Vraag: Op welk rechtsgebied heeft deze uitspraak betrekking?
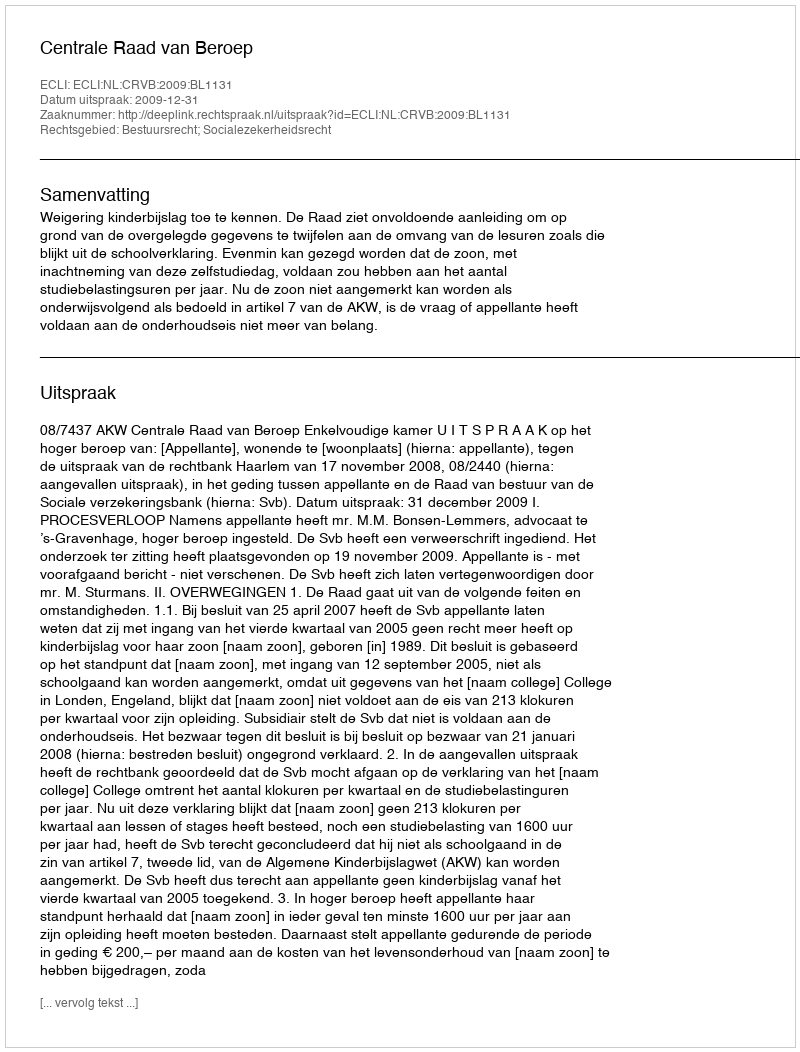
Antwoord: Bestuursrecht; Socialezekerheidsrecht